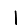
Digit: 1